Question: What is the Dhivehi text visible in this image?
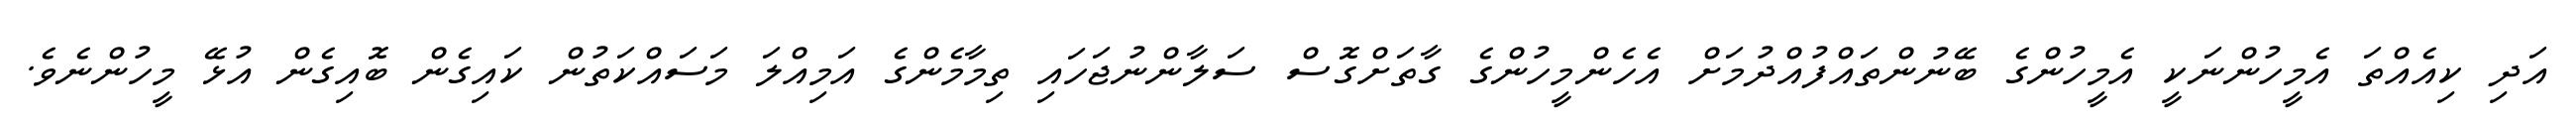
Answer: އަދި ކިއެއްތަ އެމީހުންނަކީ އެމީހުންގެ ބޭނުންތައްފުއްދުމަށް އެހެންމީހުންގެ ގާތަށްގޮސް ސަލާންނުޖަހައި ތިމާމެންގެ އަމިއްލަ މަސައްކަތުން ކައިގެން ބޮއިގެން އުޅޭ މީހުންނެވެ.